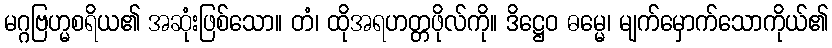
မဂ္ဂဗြဟ္မစရိယ၏ အဆုံးဖြစ်သော။ တံ၊ ထိုအရဟတ္တဖိုလ်ကို။ ဒိဋ္ဌေဝ ဓမ္မေ၊ မျက်မှောက်သောကိုယ်၏